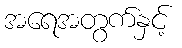
အရေအတွက်နှင့်